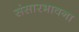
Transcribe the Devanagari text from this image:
संसारभावना